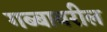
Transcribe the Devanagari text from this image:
गब्बावरील